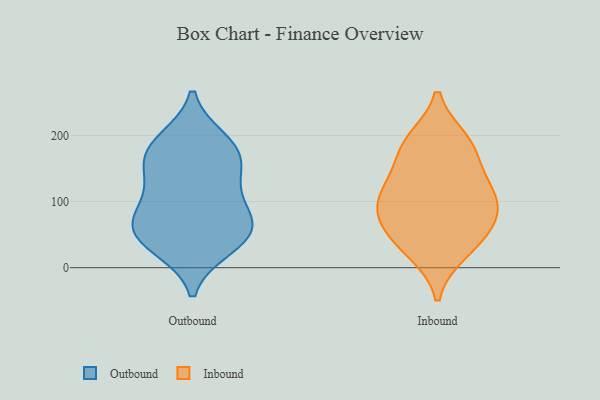
{"axis": {"x": "LTV (USD)", "y": "Value"}, "legend": ["Inbound", "Outbound"], "data": [{"x": "", "y": 105, "type": "Outbound"}, {"x": "", "y": 35, "type": "Outbound"}, {"x": "", "y": 112, "type": "Outbound"}, {"x": "", "y": 62, "type": "Outbound"}, {"x": "", "y": 63, "type": "Outbound"}, {"x": "", "y": 64, "type": "Outbound"}, {"x": "", "y": 60, "type": "Outbound"}, {"x": "", "y": 174, "type": "Outbound"}, {"x": "", "y": 31, "type": "Outbound"}, {"x": "", "y": 185, "type": "Outbound"}, {"x": "", "y": 192, "type": "Outbound"}, {"x": "", "y": 151, "type": "Outbound"}, {"x": "", "y": 156, "type": "Outbound"}, {"x": "", "y": 34, "type": "Inbound"}, {"x": "", "y": 92, "type": "Inbound"}, {"x": "", "y": 88, "type": "Inbound"}, {"x": "", "y": 108, "type": "Inbound"}, {"x": "", "y": 192, "type": "Inbound"}, {"x": "", "y": 178, "type": "Inbound"}, {"x": "", "y": 24, "type": "Inbound"}, {"x": "", "y": 60, "type": "Inbound"}, {"x": "", "y": 67, "type": "Inbound"}, {"x": "", "y": 127, "type": "Inbound"}, {"x": "", "y": 126, "type": "Inbound"}, {"x": "", "y": 185, "type": "Inbound"}]}